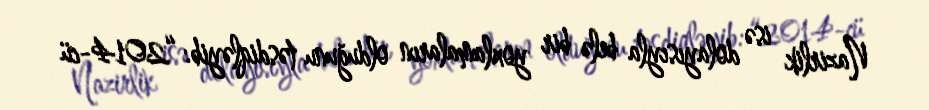
Nazirlik isə dolayısıyla belə bir yoxlamaların olduğunu təsdiqləyib: “2014-cü